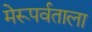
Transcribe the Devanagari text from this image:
मेरूपर्वताला